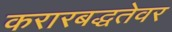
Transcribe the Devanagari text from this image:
करारबद्धतेवर